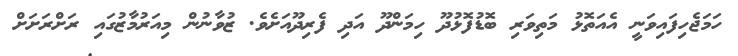
ހަމަޖެހިފައިވަނީ އެއަތޮޅު މަތިވަރި ބޮޑުފޮޅުދޫ ހިމަންދޫ އަދި ފެރިދޫއަށެވެ. ޒުވާނުން މިއަރުމާޒުގައި ރަށްރަށަށް